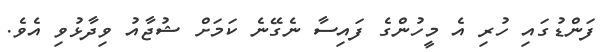
ފަންޑުގައި ހުރި އެ މީހުންގެ ފައިސާ ނެގޭނެ ކަމަށް ޝުޖާއު ވިދާޅުވި އެވެ.